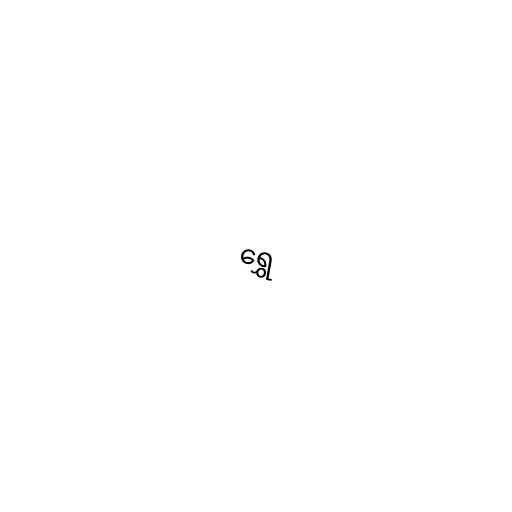
ရွှေ